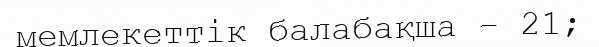
мемлекеттік балабақша – 21;